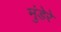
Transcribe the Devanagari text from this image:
मुंडेरे